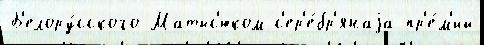
Б'елору́сского Матыс'юком с'ер'е́бр'янаjа пр'е́м'ий